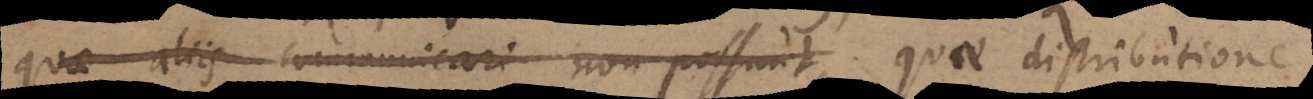
quae aliis communicari non possunt, distributione